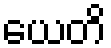
ယေတိ